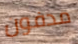
مدفون